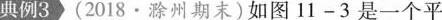
|典例3》(2018·滁州期末)如图11-3是一个平